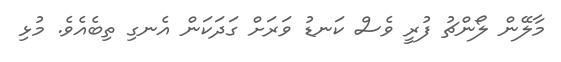
މާލޭން ލޯންޗު ފުރީ ވެސް ކަނޑު ވަރަށް ގަދަކަން އެނގި ތިބެއެވެ. މުޅި